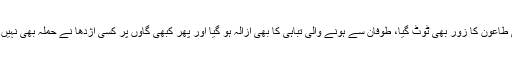
یعنی طاعون کا زور بھی ٹوٹ گیا، طوفان سے ہونے والی تباہی کا بھی ازالہ ہو گیا اور پھر کبھی گاؤں پر کسی اژدھا نے حملہ بھی نہیں کیا ۔